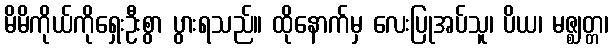
မိမိကိုယ်ကိုရှေးဦးစွာ ပွားရသည်။ ထိုနောက်မှ လေးပြုအပ်သူ၊ ပိယ၊ မဇ္ဈတ္တ၊